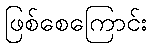
ဖြစ်စေကြောင်း